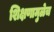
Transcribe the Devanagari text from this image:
शिक्षणामुळेच